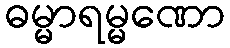
ဓမ္မာရမ္မဏော